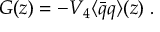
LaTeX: G ( z ) = - V _ { 4 } \langle \bar { q } q \rangle ( z ) \; .